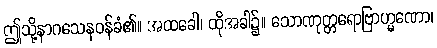
ဤသို့နာဂသေနဝန်ခံ၏။ အထခေါ၊ ထိုအခါ၌။ သောဏုတ္တရောဗြာဟ္မဏော၊